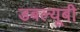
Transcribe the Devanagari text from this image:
डबल्यूबी